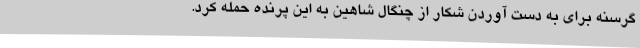
گرسنه برای به دست آوردن شکار از چنگال شاهین به این پرنده حمله کرد.